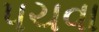
પચવા